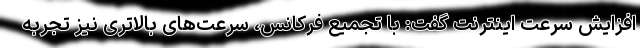
افزایش سرعت اینترنت گفت: با تجمیع فرکانس، سرعت‌های بالاتری نیز تجربه